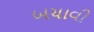
બચાવી